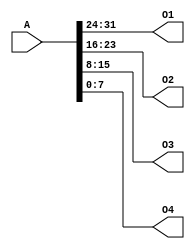
`timescale 1ns / 1ps
//////////////////////////////////////////////////////////////////////////////////
// Company: 
// Engineer: 
// 
// Design Name: 
// Module Name:    splitter 
// Project Name: 
// Target Devices: 
// Tool versions: 
// Description: 
//
// Dependencies: 
//
// Revision: 
// Revision 0.01 - File Created
// Additional Comments: 
//
//////////////////////////////////////////////////////////////////////////////////
module splitter(
    input [31:0] A,
    output [7:0] O1,
    output [7:0] O2,
    output [7:0] O3,
    output [7:0] O4
    );
    assign {O1,O2,O3,O4}=A;
endmodule